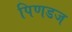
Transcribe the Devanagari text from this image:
पिणडज